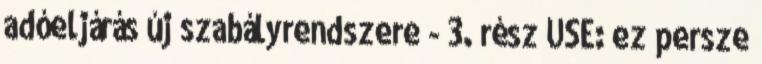
adóeljárás új szabályrendszere - 3. rész USE: ez persze